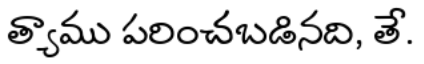
త్యాము పరించబడినది, తే.